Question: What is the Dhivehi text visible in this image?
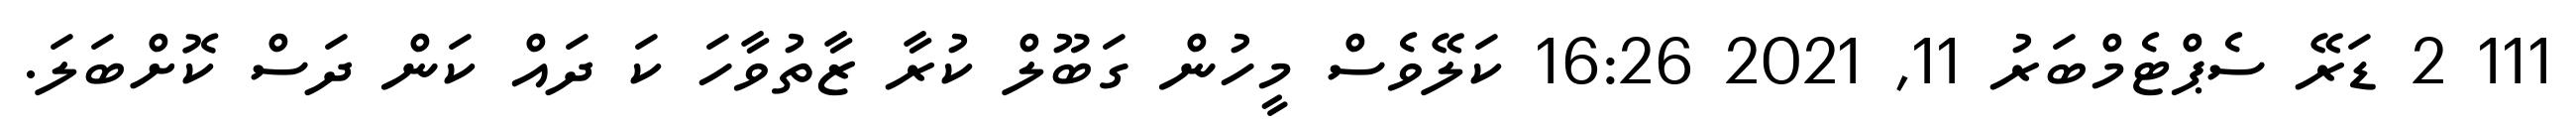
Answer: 111 2 ޑަރޭ ސެޕްޓެމްބަރު 11, 2021 16:26 ކަލޭވެސް މީހުން ގަބޫލް ކުރާ ޒާތުވާހަ ކަ ދައް ކަން ދަސް ކޮށްބަލަ.